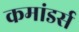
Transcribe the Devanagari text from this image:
कमांडर्स